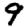
Digit: 9